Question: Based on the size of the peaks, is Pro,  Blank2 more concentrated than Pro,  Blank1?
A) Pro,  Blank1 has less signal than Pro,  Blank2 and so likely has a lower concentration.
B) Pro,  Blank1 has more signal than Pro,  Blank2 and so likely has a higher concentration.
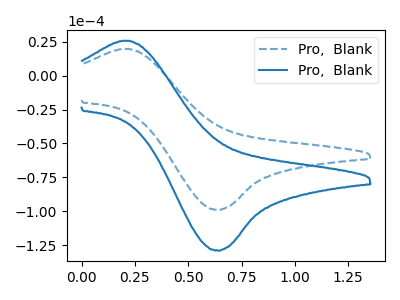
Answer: <think>The blue dashed curve "Pro,  Blank1" has an anodic peak at (0.20V, 19.80uA) and a cathodic peak at (0.65V, -98.90uA). The blue curve "Pro,  Blank2" has an anodic peak at (0.20V, 25.80uA) and a cathodic peak at (0.65V, -128.95uA).
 All the peaks in "Pro,  Blank1" have a peak in "Pro,  Blank2" at the same potential. Every peak in "Pro,  Blank1" is lower than every peak in "Pro,  Blank2".</think>
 <answer>A) "Pro,  Blank1" has less signal than "Pro,  Blank2" and so likely has a lower concentration.</answer>
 <eval>A</eval>